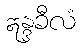
ဣန္ဒခီလံ